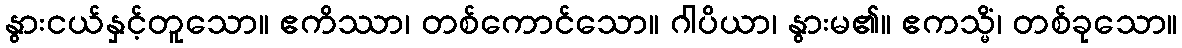
နွားငယ်နှင့်တူသော။ ဧကိဿာ၊ တစ်ကောင်သော။ ဂါပိယာ၊ နွားမ၏။ ဧကသ္မိံ၊ တစ်ခုသော။